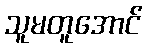
သူမတူအောင်